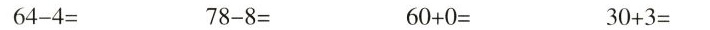
6 4 - 4 = 7 8 - 8 = 6 0 + 0 = 3 0 + 3 =